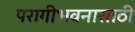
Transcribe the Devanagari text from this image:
परागीभवनासाठी